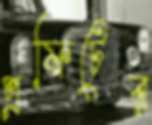
প্রফিটের